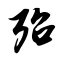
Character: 殆